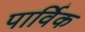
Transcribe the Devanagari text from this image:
पार्विक